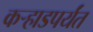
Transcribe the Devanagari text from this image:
कर्‍हाडपर्यंत